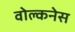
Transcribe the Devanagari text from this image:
वोल्कनेस